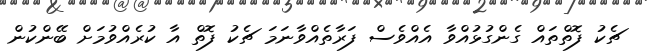
ޗެކު ފޮތްތައް ގެންގުޅުއްވާ އެއްވެސް ފަރާތެއްވާނަމަ ޗެކު ފޮތް އާ ކުރެއްވުމަށް ބޭންކުން